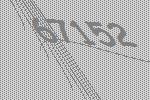
67152